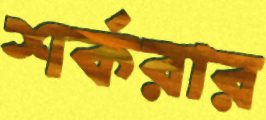
শর্করার